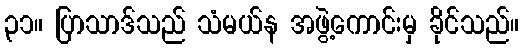
၃၁။ ပြာသာဒ်သည် သံမယ်န အဖွဲ့ကောင်းမှ ခိုင်သည်။